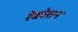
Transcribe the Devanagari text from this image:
रेव्लेशन